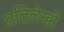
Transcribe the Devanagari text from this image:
प्रतिलेखों